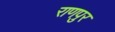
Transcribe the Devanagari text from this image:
राणपुर